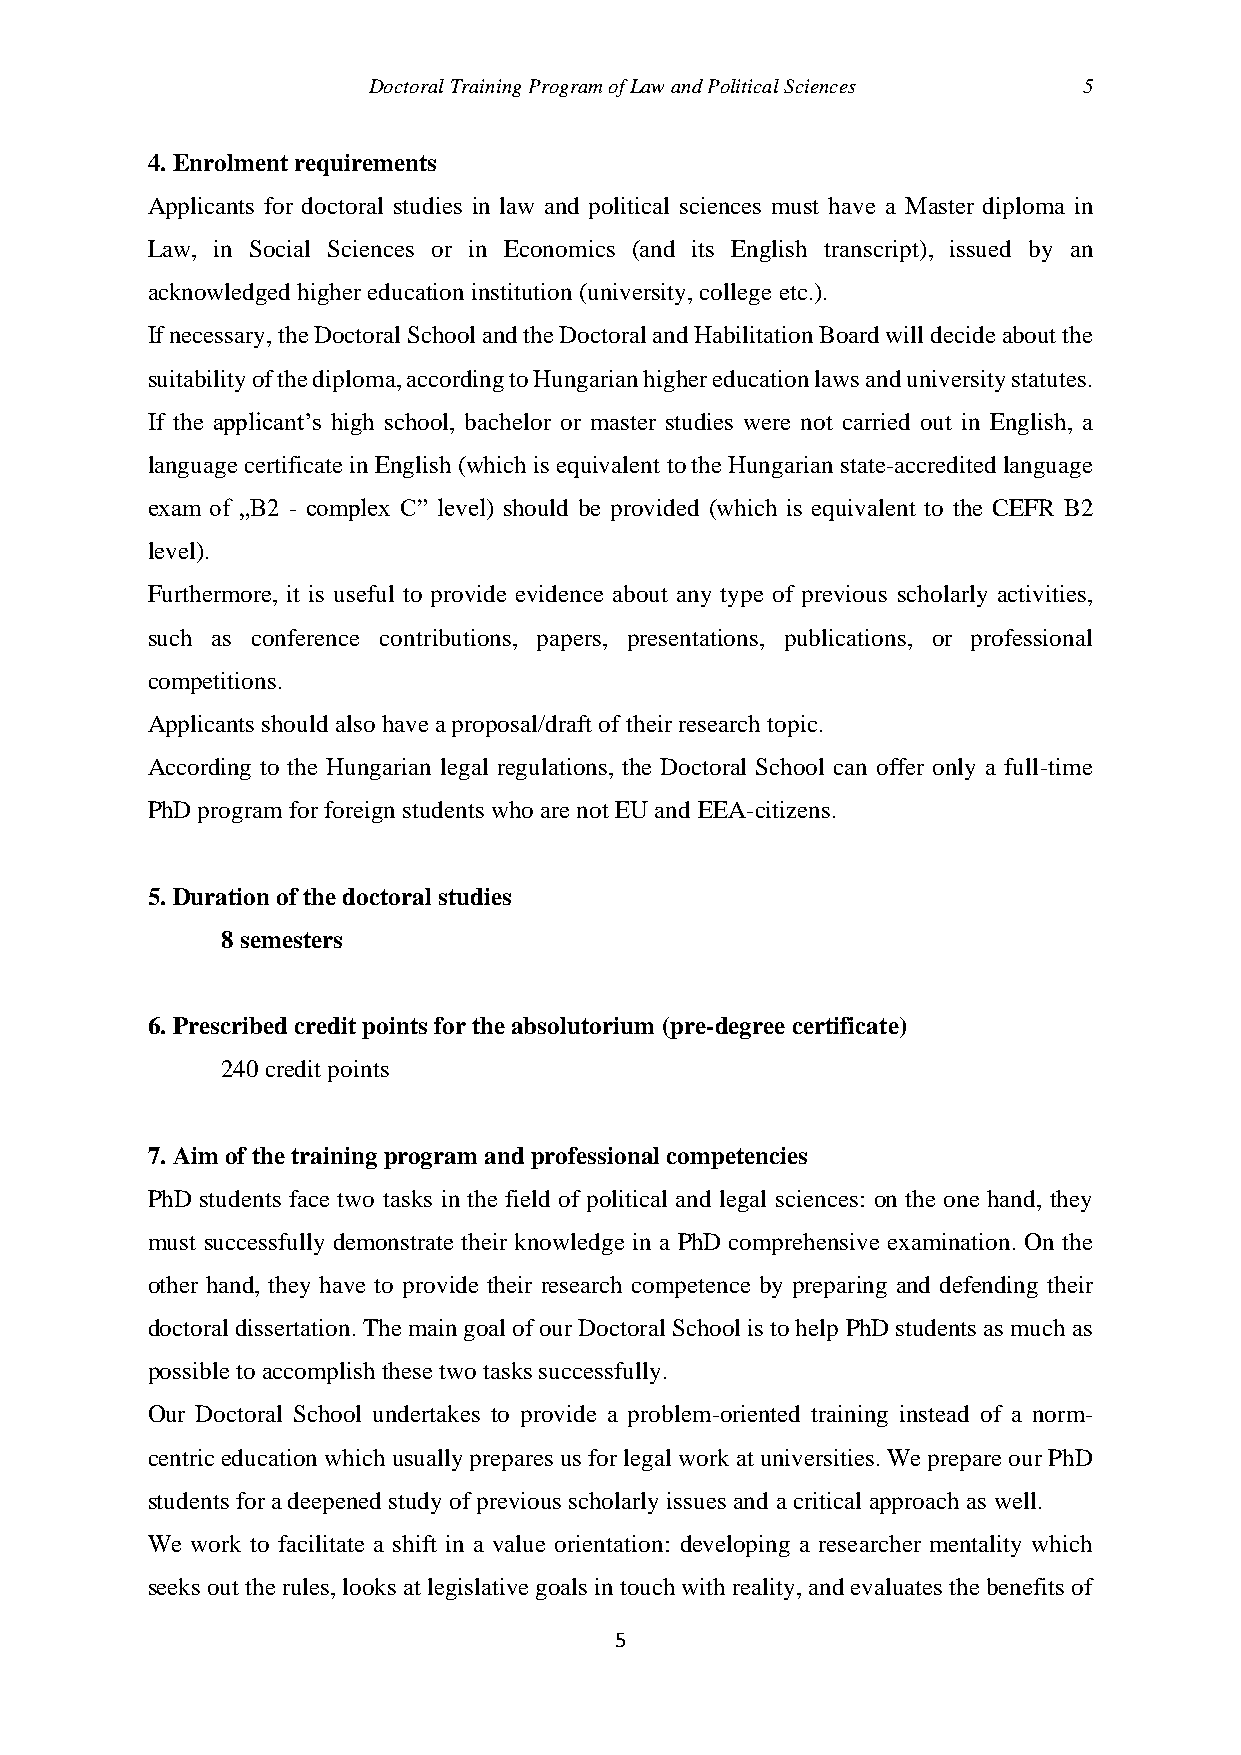
Doctoral Training Program of Law and Political Sciences 5
 4. Enrolment requirements
 Applicants for doctoral studies in law and political sciences must have a Master diploma in
 Law, in Social Sciences or in Economics (and its English transcript), issued by an
 acknowledged higher education institution (university, college etc.).
 If necessary, the Doctoral School and the Doctoral and Habilitation Board will decide about the
 suitability of the diploma, according to Hungarian higher education laws and university statutes.
 If the applicant’s high school, bachelor or master studies were not carried out in English, a
 language certificate in English (which is equivalent to the Hungarian state-accredited language
 exam of „B2 - complex C” level) should be provided (which is equivalent to the CEFR B2
 level).
 Furthermore, it is useful to provide evidence about any type of previous scholarly activities,
 such as conference contributions, papers, presentations, publications, or professional
 competitions.
 Applicants should also have a proposal/draft of their research topic.
 According to the Hungarian legal regulations, the Doctoral School can offer only a full-time
 PhD program for foreign students who are not EU and EEA-citizens.
 5. Duration of the doctoral studies
 8 semesters
 6. Prescribed credit points for the absolutorium (pre-degree certificate)
 240 credit points
 7. Aim of the training program and professional competencies
 PhD students face two tasks in the field of political and legal sciences: on the one hand, they
 must successfully demonstrate their knowledge in a PhD comprehensive examination. On the
 other hand, they have to provide their research competence by preparing and defending their
 doctoral dissertation. The main goal of our Doctoral School is to help PhD students as much as
 possible to accomplish these two tasks successfully.
 Our Doctoral School undertakes to provide a problem-oriented training instead of a norm-
 centric education which usually prepares us for legal work at universities. We prepare our PhD
 students for a deepened study of previous scholarly issues and a critical approach as well.
 We work to facilitate a shift in a value orientation: developing a researcher mentality which
 seeks out the rules, looks at legislative goals in touch with reality, and evaluates the benefits of
 5